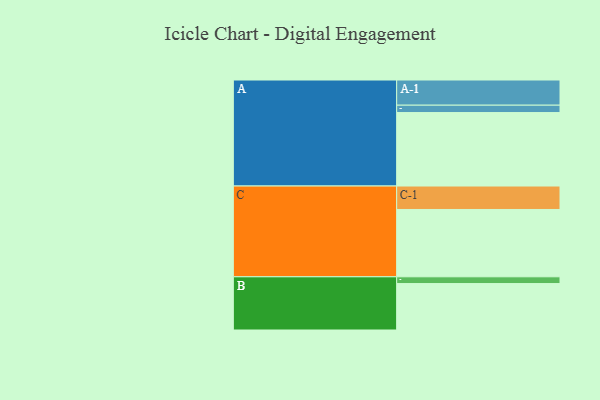
{"axis": {"x": "Segment", "y": "Value"}, "legend": ["", "A", "B", "C"], "data": [{"x": "A", "y": 598, "type": ""}, {"x": "B", "y": 378, "type": ""}, {"x": "C", "y": 548, "type": ""}, {"x": "A-1", "y": 205, "type": "A"}, {"x": "A-2", "y": 60, "type": "A"}, {"x": "B-1", "y": 55, "type": "B"}, {"x": "C-1", "y": 191, "type": "C"}]}